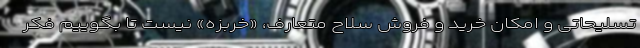
تسلیحاتی و امکان خرید و فروش سلاح متعارف، «خربزه» نیست تا بگوییم فکر